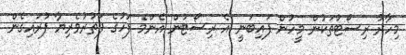
މިހާރު ރިސޯޓުތަކުން މީހުން ފައިބަނީ އެ ރިސޯޓުން އެންމެ ފަހުގެ ފަތުރުވެރިޔާ ފުރައިގެން